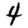
Digit: 4